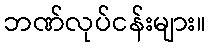
ဘဏ်လုပ်ငန်းများ။